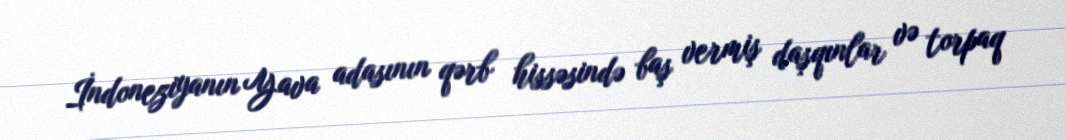
İndoneziyanın Yava adasının qərb hissəsində baş vermiş daşqınlar və torpaq